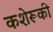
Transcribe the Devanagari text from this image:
कशेरूकी